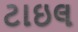
ટાઇલ